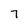
Character: 7